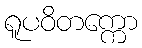
ရူပဝိတက္ကော